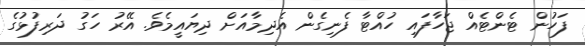
ފަހުން ޓެންޓެއް ޖަހާފައި ހުއްޓާ ފެނިގެން އެދިމާއަށް ދިޔައީމެވެ. އޭރު ހަގު ދަރިފުޅުގެ